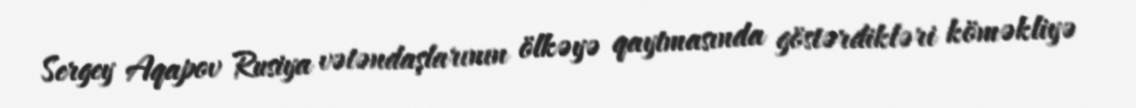
Sergey Aqapov Rusiya vətəndaşlarının ölkəyə qaytmasında göstərdikləri köməkliyə